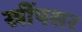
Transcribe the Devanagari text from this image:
खींपसर